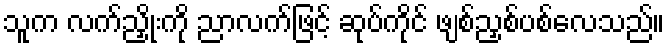
သူက လက်ညှိုးကို ညာလက်ဖြင့် ဆုပ်ကိုင် ဖျစ်ညှစ်ပစ်လေသည်။